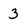
Character: 3